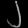
Digit: ၂